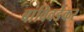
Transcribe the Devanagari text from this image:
बांविवडेकर